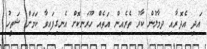
އަދި އެދޮރާއި ދިމާލުން ކާރު ތެރެއިން އަތެއް ހޫރަނިކޮށް އެނގިފައިވާ ކަމަށް ޝަތީހު